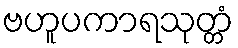
ဗဟူပကာရသုတ္တံ